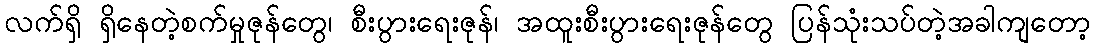
လက်ရှိ ရှိနေတဲ့စက်မှုဇုန်တွေ၊ စီးပွားရေးဇုန်၊ အထူးစီးပွားရေးဇုန်တွေ ပြန်သုံးသပ်တဲ့အခါကျတော့